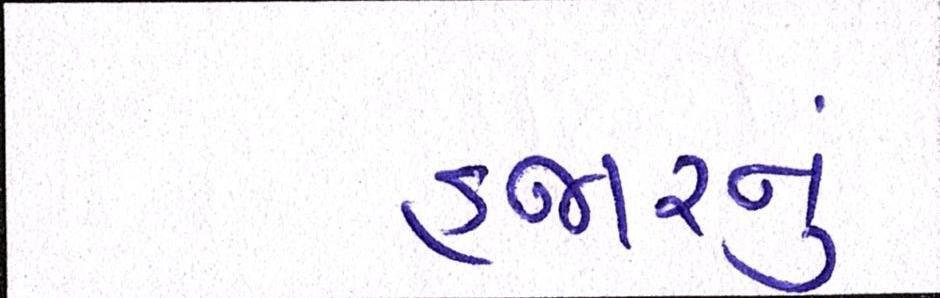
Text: હજારનું